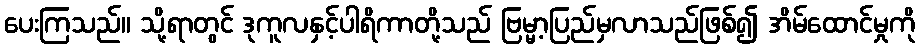
ပေးကြသည်။ သို့ရာတွင် ဒုကူလနှင့်ပါရိကာတို့သည် ဗြမ္မာ့ပြည်မှလာသည်ဖြစ်၍ အိမ်ထောင်မှုကို